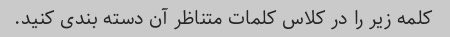
کلمه زیر را در کلاس کلمات متناظر آن دسته بندی کنید.